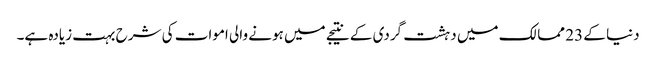
دنیا کے 23 ممالک میں دہشت گردی کے نتیجے میں ہونے والی اموات کی شرح بہت زیادہ ہے۔